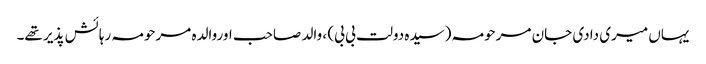
یہاں میری دادی جان مرحومہ (سیدہ دولت بی بی) ، والد صاحب اوروالدہ مرحومہ رہائش پذیر تھے۔